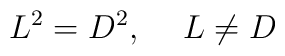
L^2 = D^2, \hspace{5mm} L \ne D